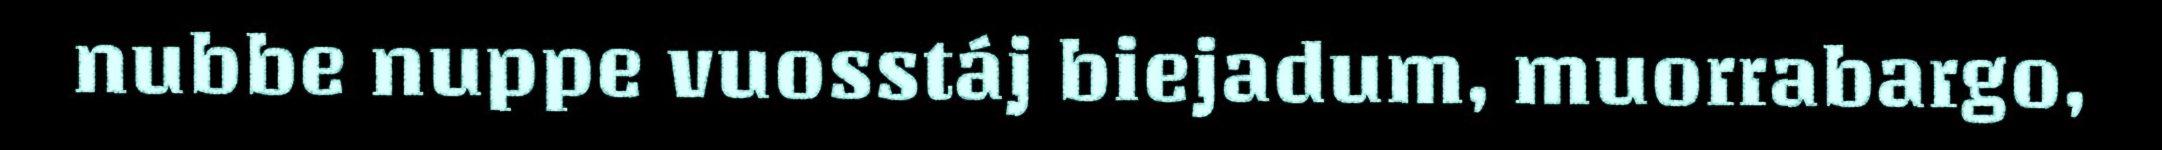
nubbe nuppe vuosstáj biejadum, muorrabargo,